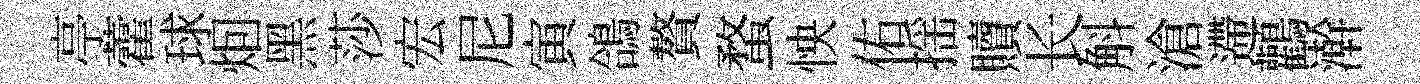
亭藿球𤇆黑莎宏尼寅鴿贅蝥怏佑揺贖长斛滄遰鸛澣